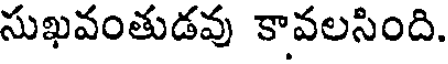
సుఖవంతుడవు కావలసింది.